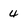
Character: 4